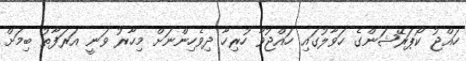
ހައްޖު ކޯޕަރޭޝަންގެ ހަވާލުގައި ހައްޖުވާ ހުރިހާ ދިވެހިންނަށް މިހާރު ވަނީ އަރަފާތު ބިމަށް